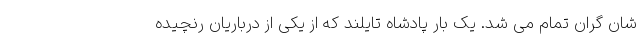
شان گران تمام می شد. یک بار پادشاه تایلند که از یکی از درباریان رنچیده